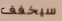
سيخفف